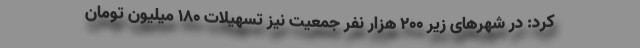
کرد: در شهرهای زیر ۲۰۰ هزار نفر جمعیت نیز تسهیلات ۱۸۰ میلیون تومان